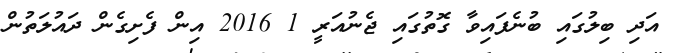
އަދި ބިލުގައި ބުނެފައިވާ ގޮތުގައި ޖެނުއަރީ 1 2016 އިން ފެށިގެން ދައުލަތުން